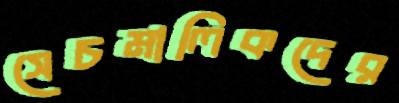
সেচমালিকদের